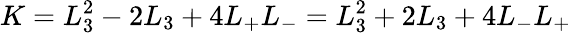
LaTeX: K=L_{3}^{2}-2L_{3}+4L_{+}L_{-}=L_{3}^{2}+2L_{3}+4L_{-}L_{+}